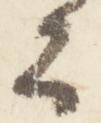
公